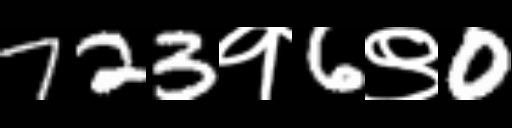
Text: 723१6९0